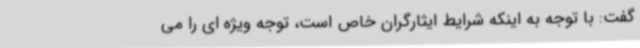
گفت: با توجه به اینکه شرایط ایثارگران خاص است، توجه ویژه ای را می